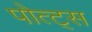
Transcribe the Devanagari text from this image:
पोत्ट्स